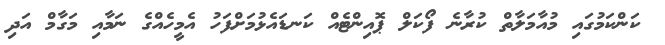
ކަންކަމުގައި މުއާމަލާތް ކުރާނެ ފޯކަލް ޕޮއިންޓެއް ކަނޑައެޅުމަށްފަހު އެމީހެއްގެ ނަމާއި މަގާމް އަދި